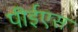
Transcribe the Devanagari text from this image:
पीईएस